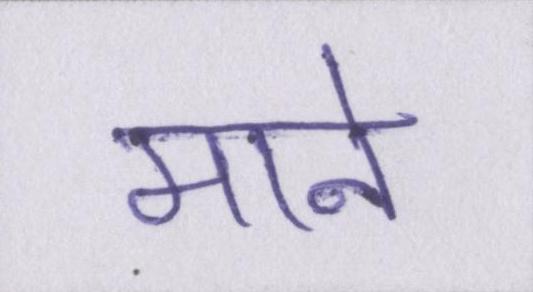
माने